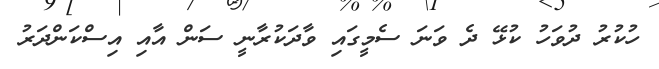
ހުކުރު ދުވަހު ކުޅޭ ދެ ވަނަ ސެމީގައި ވާދަކުރާނީ ސަން އާއި އިސްކަންދަރު